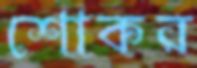
শোকর